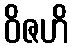
ဝိဇဟိ